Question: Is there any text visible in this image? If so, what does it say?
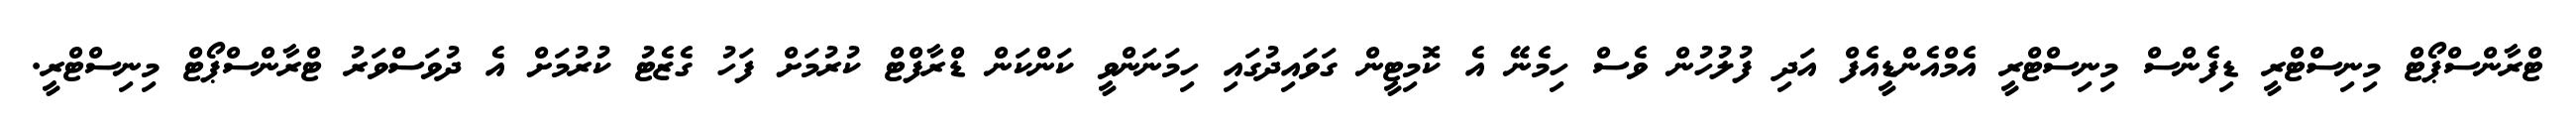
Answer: ޓްރާންސްޕޯޓް މިނިސްޓްރީ ޑިފެންސް މިނިސްޓްރީ އެމްއެންޑީއެފް އަދި ފުލުހުން ވެސް ހިމެނޭ އެ ކޮމިޓީން ގަވައިދުގައި ހިމަނަންވީ ކަންކަން ޑްރާފްޓް ކުރުމަށް ފަހު ގެޒެޓު ކުރުމަށް އެ ދުވަސްވަރު ޓްރާންސްޕޯޓް މިނިސްޓްރީ.